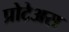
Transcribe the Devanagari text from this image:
प्रोटेअस